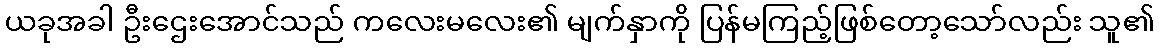
ယခုအခါ ဦးဌေးအောင်သည် ကလေးမလေး၏ မျက်နှာကို ပြန်မကြည့်ဖြစ်တော့သော်လည်း သူ၏